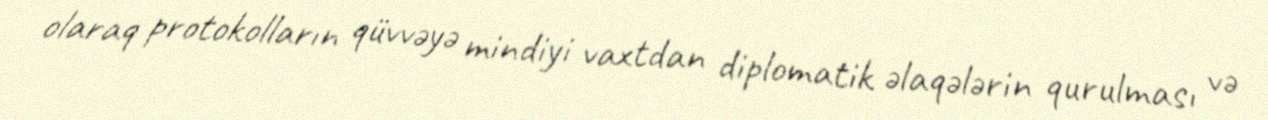
olaraq protokolların qüvvəyə mindiyi vaxtdan diplomatik əlaqələrin qurulması və